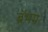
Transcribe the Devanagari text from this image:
ब्रॅभम